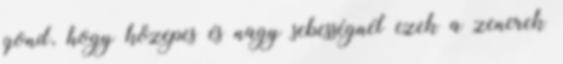
gond, hogy közepes és nagy sebességnél ezek a zenerek